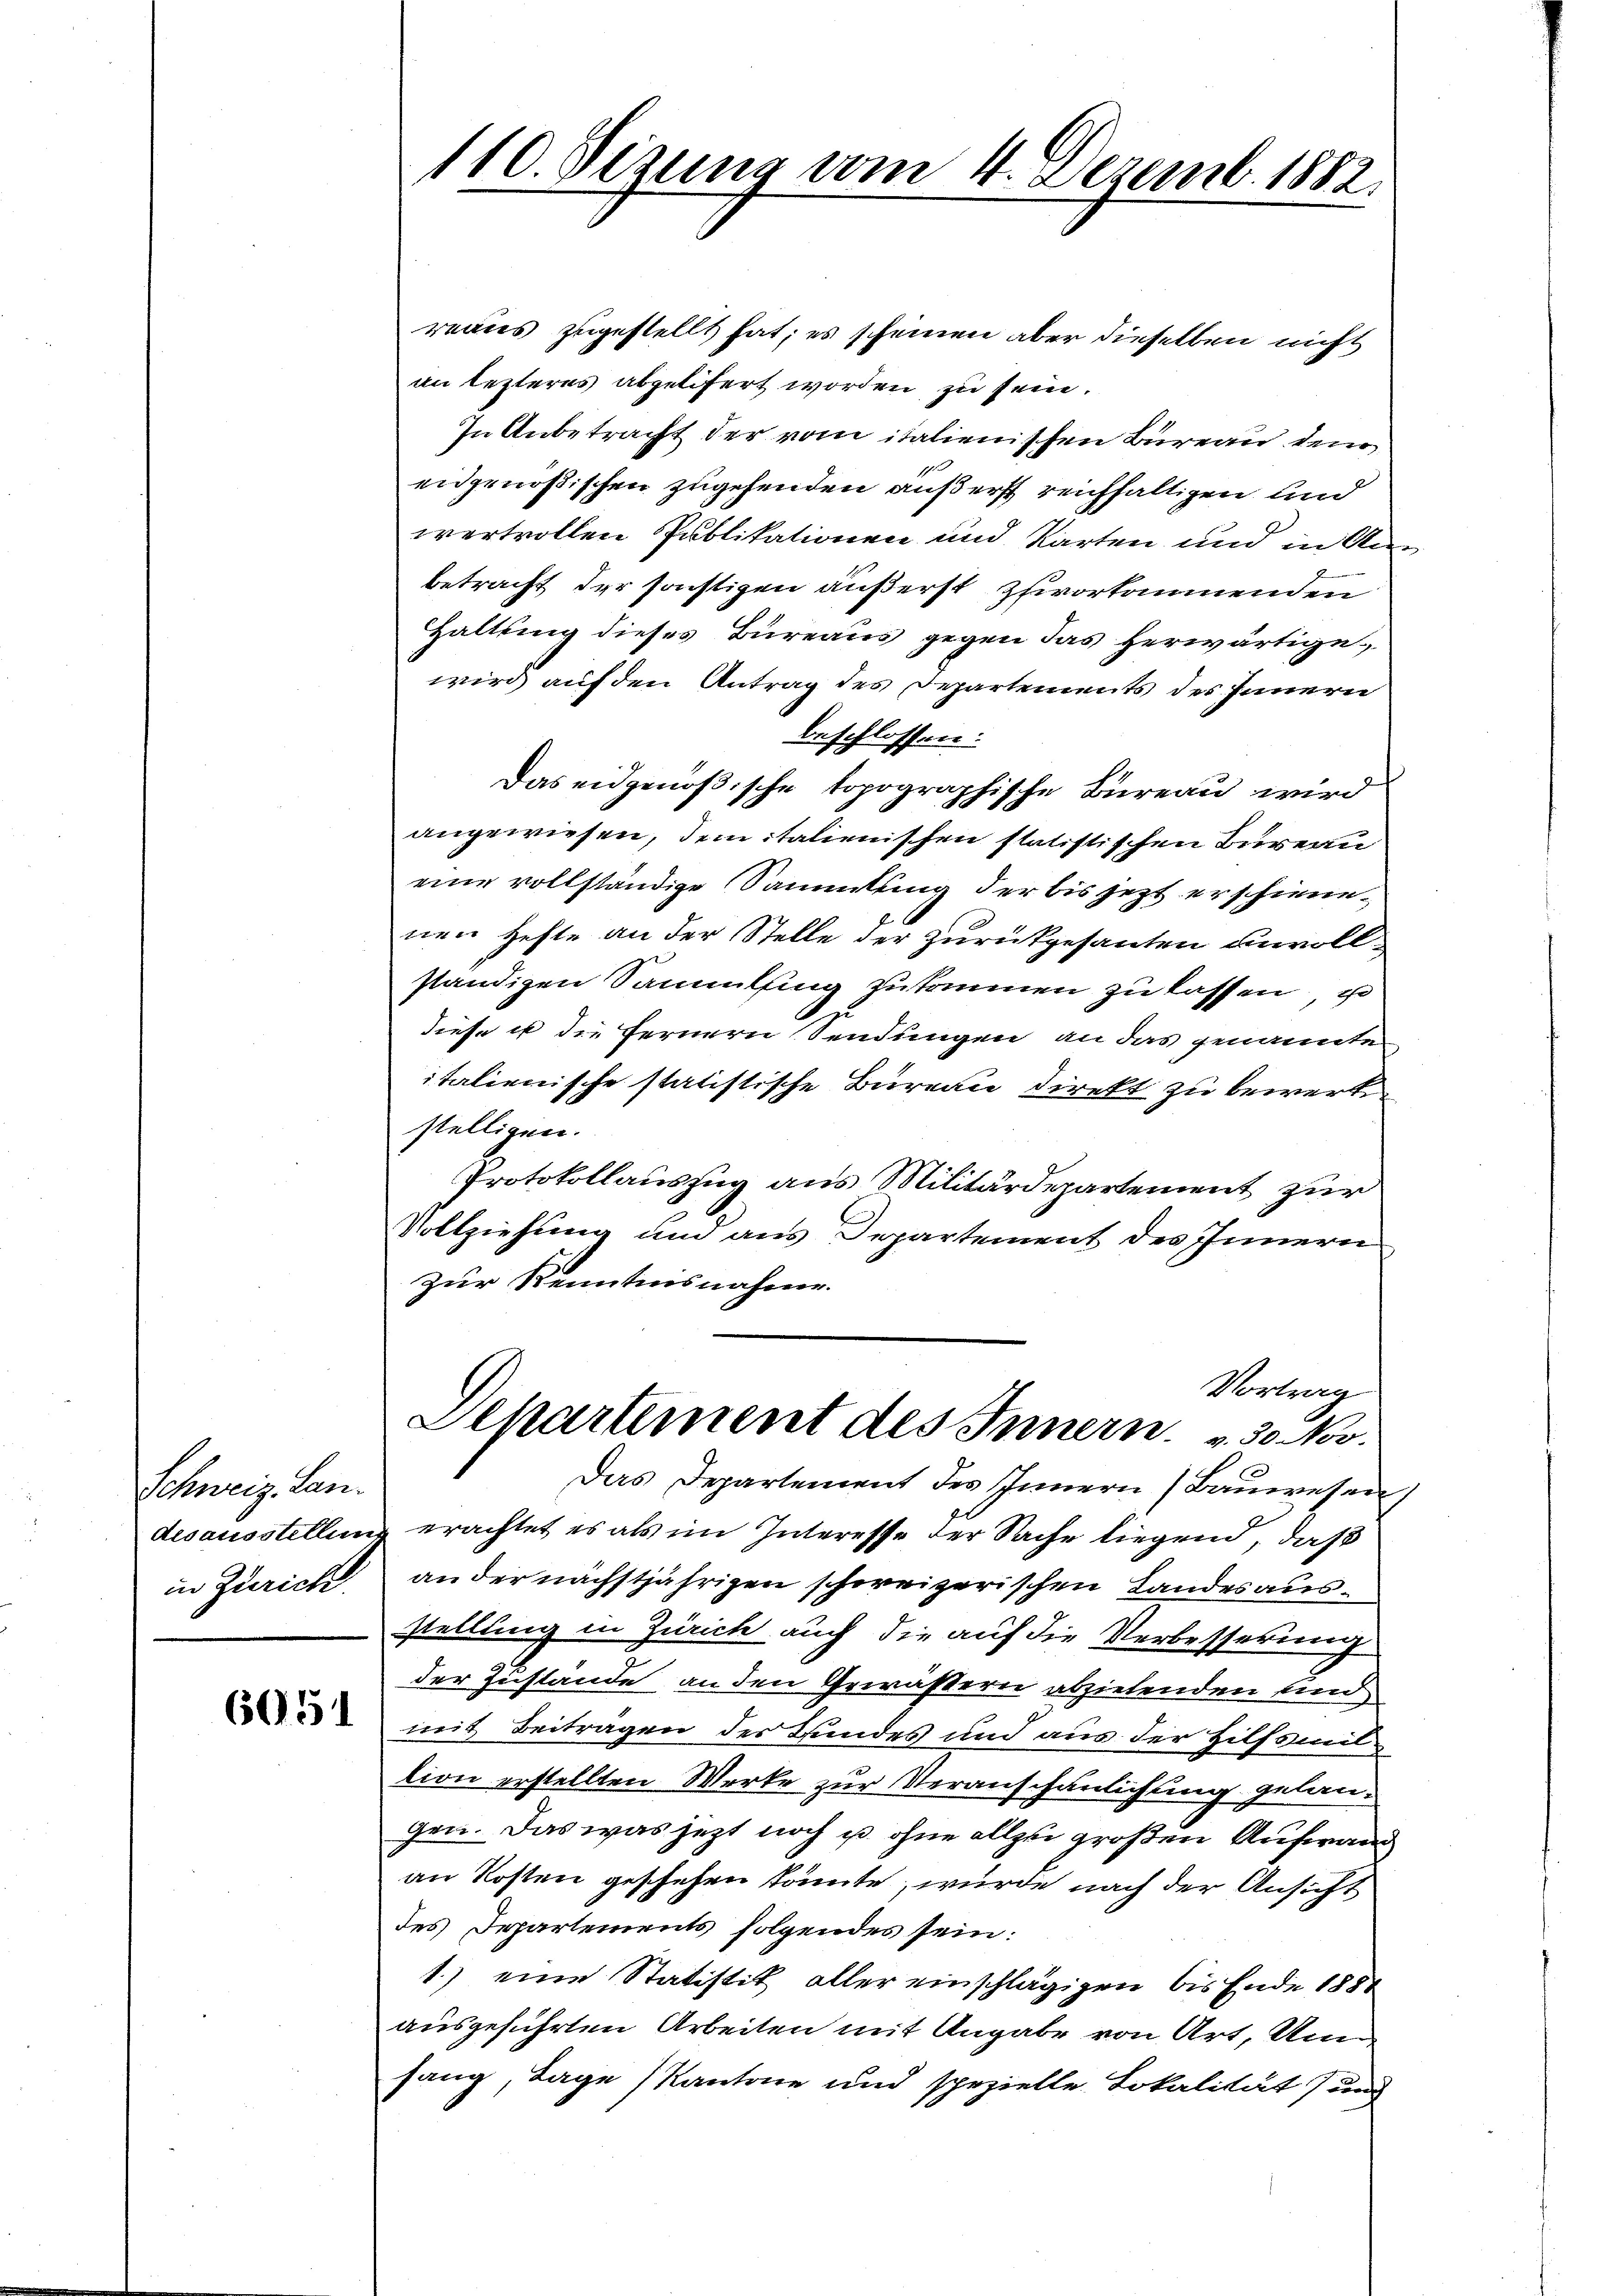
Schweiz. Lan
desausstellung
in Zürich.

6051

110. Dezung vom 4. Dezemb. 1882.

renes zugestellt hat; es scheinen aber dieselben nicht
an lezteres abgelifert worden zu sein.
In Anbetracht der vom italienischen Bureau dem
eidgenößischen zugehenden äußerst reichfaltigen und
wertvollen Publikationen und Karten und in Anbetracht der sonstigen äußerst zuvorkommenden
Haltung dieses Büreaus gegen das herwärtige
wird auf den Antrag des Departements des Innern
beschlossen:
Das eidgenößische topographische Büreau wird
angewiesen, dem italienischen statistischen Bureau
eine vollständige Sammlung der bis jezt erschienenen Hefte an der Stelle der zurückgesanten unvollständigen Sammlung zukommen zu lassen, u
diese u die fernern Sendungen an das genannte
italienische statistische Büreau direkt zu bewert
stelligen.
Protokollauszug aus Militärdepartement zur
Vollziehung und aus Departement des Inneren
zur Kenntnisnahme.
Vortrag
Aepartement des Innern. " 30 Nov.
Das Departement des Innern (Bauwesen
erachtet es als im Interesse der Sache liegend, daß
an der nächstjährigen schweizerischen Landesausstellung in Zürich auch die auf die Verbesserung
der Zustande an den Gewässern abzielenden und
mit Beitragen der Bundes und aus der Hilfsmittion erstellten Werke zur Veranschaulichung gelaugen. Das was jetzt noch u. ohne allzu großen Aufwand
an Kosten geschehen könnte, würde nach der Ansicht
des Departements folgendes sein:
1.) eine Statistik aller einschlägigen bis Ende 1881
ausgeführten Arbeiten mit Angabe von Art. Un
sang, Tage Kantone und spezielle Lokalität und